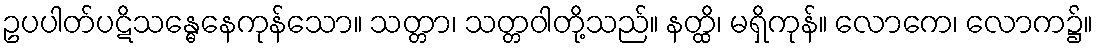
ဥပပါတ်ပဋိသန္ဓေနေကုန်သော။ သတ္တာ၊ သတ္တဝါတို့သည်။ နတ္ထိ၊ မရှိကုန်။ လောကေ၊ လောက၌။